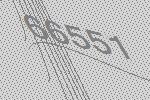
66551